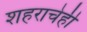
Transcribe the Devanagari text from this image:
शहराचेही